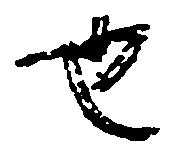
也